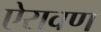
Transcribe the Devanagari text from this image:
ऐरावण